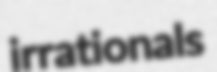
irrationals